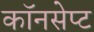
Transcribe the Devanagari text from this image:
कॉनसेप्ट